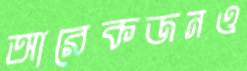
আরেকজনও